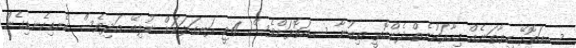
ސއަތޮޅޭ ކިޔާތަނެއް މިހާރަކުނެތް...ދެންއޮތީ ތިބުނާ ސ.އަތޮޅަށްވެސް 4ޖީ ރަނގަޅަކަށް ނުލިބޭ އަދިވެސް ކެނޑިކެނޑިގެން